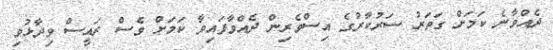
ދެއްވާނެ ކަމަށް ގަތަރު ސަރުކާރުގެ އިސްވެރިން ދެއްވާފައިވާ ކަމަށް ވެސް ރައީސް ވިދާޅުވި